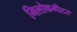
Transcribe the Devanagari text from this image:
मिलोकमीटर